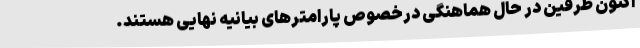
اکنون طرفین در حال هماهنگی درخصوص پارامترهای بیانیه نهایی هستند.